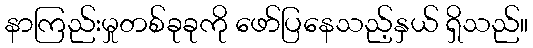
နာကြည်းမှုတစ်ခုခုကို ဖော်ပြနေသည့်နှယ် ရှိသည်။